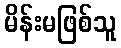
မိန်းမဖြစ်သူ